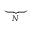
\underbrace { \phantom { R D _ { \theta } ^ { ( 1 ) } } } _ { N }